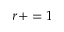
r + = 1